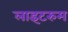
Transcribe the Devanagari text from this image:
लाइटरुम